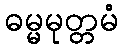
ဓမ္မမုတ္တမံ